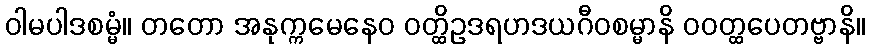
ဝါမပါဒစမ္မံ။ တတော အနုက္ကမေနေဝ ဝတ္ထိဥဒရဟဒယဂီဝစမ္မာနိ ဝဝတ္ထပေတဗ္ဗာနိ။